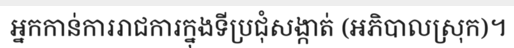
អ្នកកាន់ការរាជការក្នុងទីប្រជុំសង្កាត់ (អភិបាលស្រុក)។